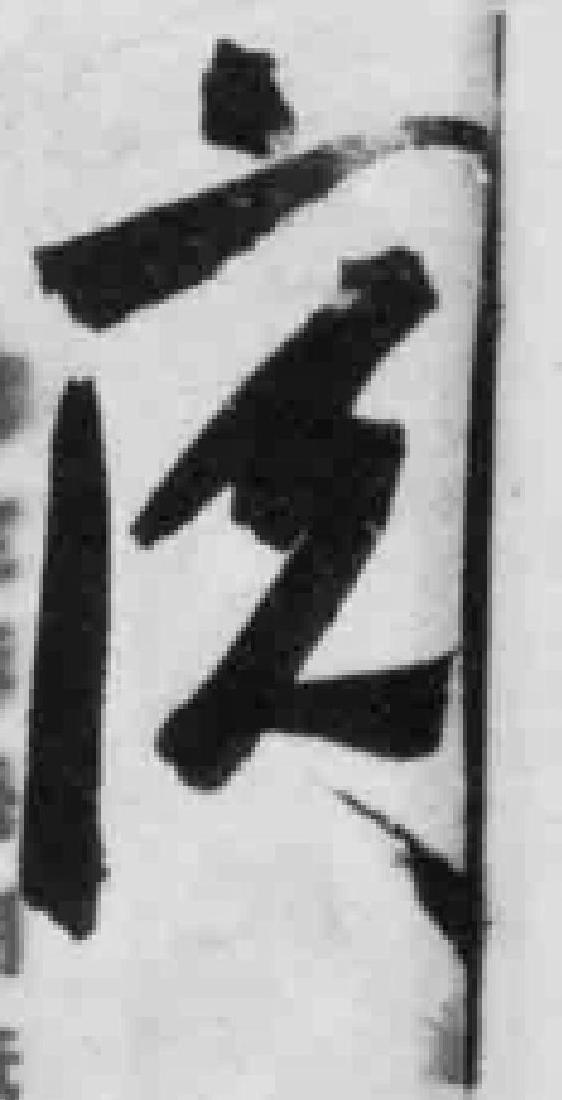
阅